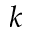
k